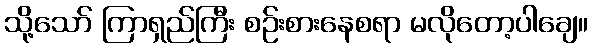
သို့သော် ကြာရှည်ကြီး စဉ်းစားနေစရာ မလိုတော့ပါချေ။